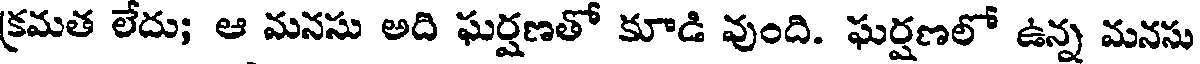
క్రమత లేదు; ఆ మనసు అది ఘర్షణతో కూడి వుంది. ఘర్షణలో ఉన్న మనసు